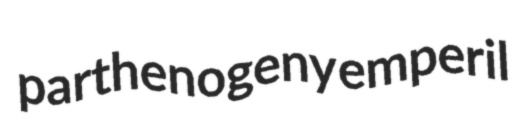
parthenogeny emperil